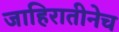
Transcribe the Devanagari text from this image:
जाहिरातीनेच